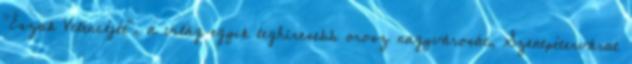
"Észak Velencéjét", a világ egyik leghíresebb orosz nagyvárosát, Szentpétervárat